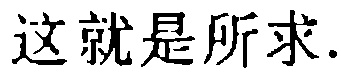
这就是所求.